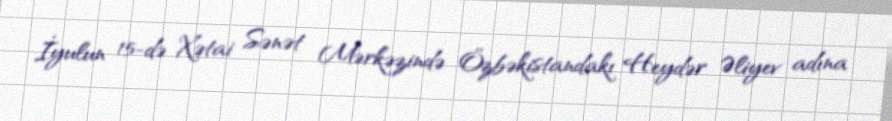
İyulun 15-də Xətai Sənət Mərkəzində Özbəkistandakı Heydər Əliyev adına